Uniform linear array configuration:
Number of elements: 16
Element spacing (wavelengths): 0.25
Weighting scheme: exponential
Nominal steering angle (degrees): -15
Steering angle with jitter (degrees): -16.874
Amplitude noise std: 0.05
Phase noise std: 0.05

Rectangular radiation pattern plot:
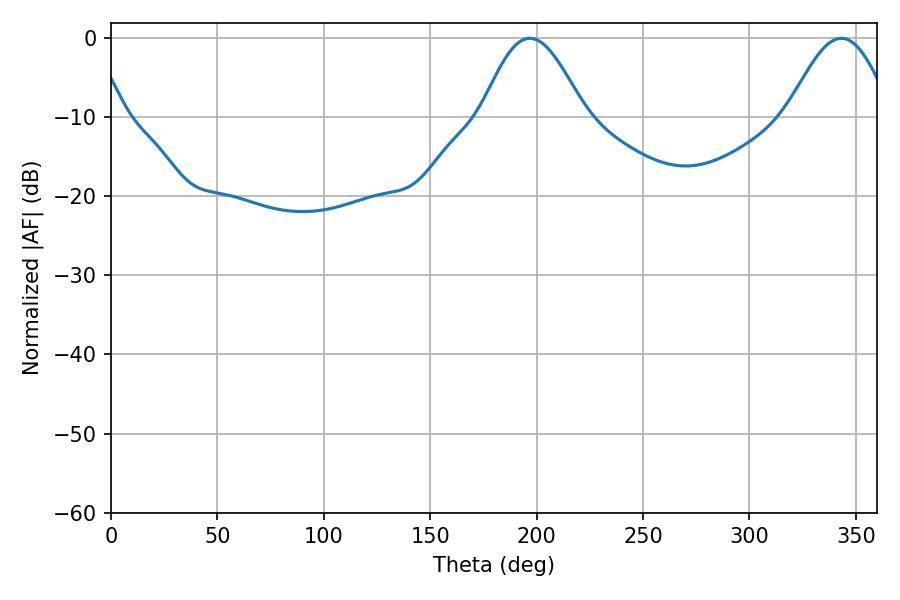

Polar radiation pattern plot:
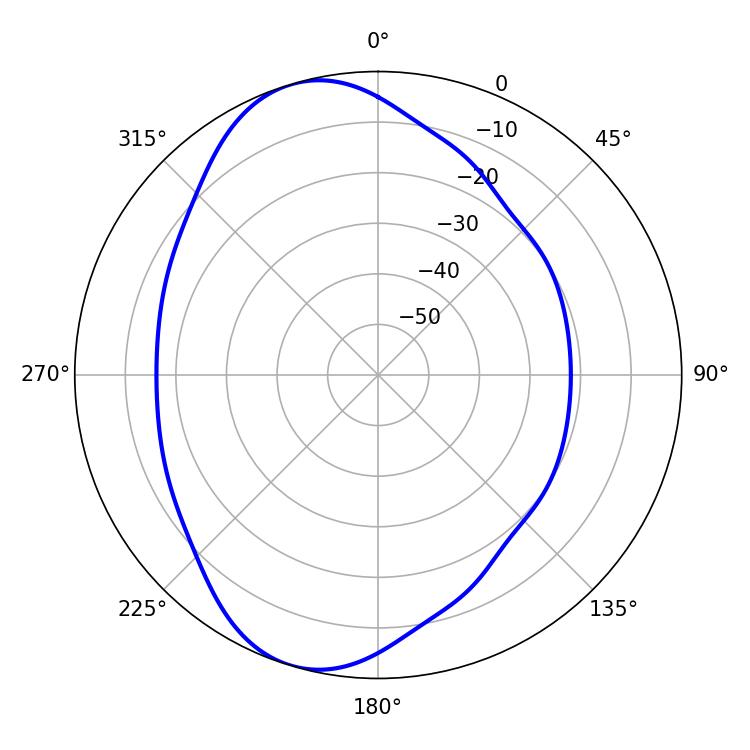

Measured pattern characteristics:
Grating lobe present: FALSE
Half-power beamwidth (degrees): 26.1
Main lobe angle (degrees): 196.74